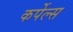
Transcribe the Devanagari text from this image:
कर्पेल्स